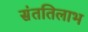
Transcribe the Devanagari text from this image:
संततिलाभ